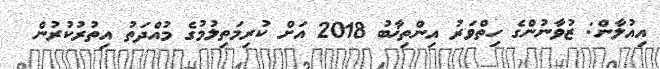
އިއުލާން: ޒުވާނުންގެ ހިތްވަރު އިންތިޚާބު 2018 އަށް ކުރިމަތިލުމުގެ މުއްދަތު އިތުރުކުރުން